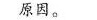
原因。